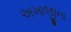
અખાજીના